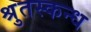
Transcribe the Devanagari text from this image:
श्रुतस्कन्ध